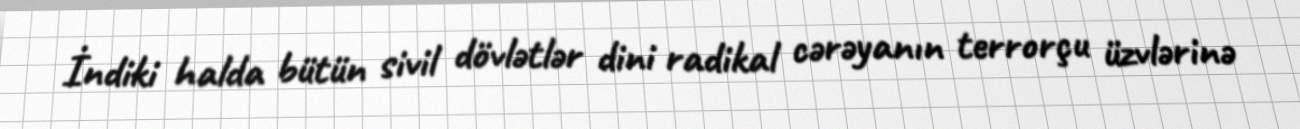
İndiki halda bütün sivil dövlətlər dini radikal cərəyanın terrorçu üzvlərinə